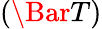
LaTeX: \left(\Bar T\right)